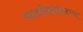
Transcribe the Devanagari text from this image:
भारतीयांबद्दलच्या